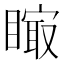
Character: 𥊁